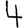
Digit: 4